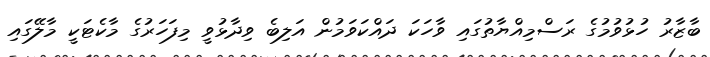
ބާޒާރު ހުޅުވުމުގެ ރަސްމިއްޔާތުގައި ވާހަކަ ދައްކަވަމުން އަލިބެ ވިދާޅުވީ މިފަހަރުގެ މާކެޓަކީ މާލޭގައި